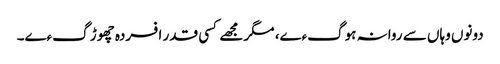
دونوں وہاں سے روانہ ہوگءے، مگر مجھے کسی قدر افسردہ چھوڑ گءے۔